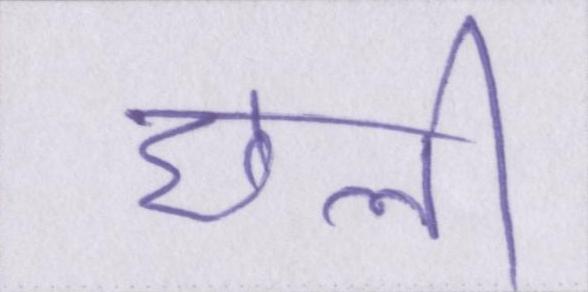
छली